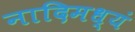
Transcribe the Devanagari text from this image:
नादिमध्यं